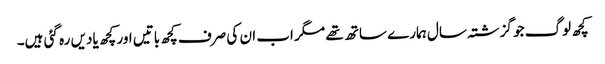
کچھ لوگ جو گزشتہ سال ہمارے ساتھ تھے مگر اب ان کی صرف کچھ باتیں اور کچھ یادیں رہ گئی ہیں۔